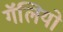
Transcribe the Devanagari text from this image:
गॅलियो